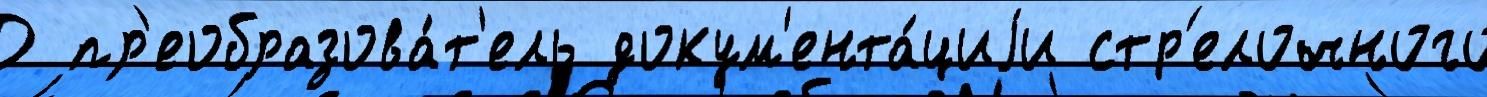
О пр'еобразова́т'ель докум'ента́циjи стр'елочного